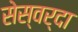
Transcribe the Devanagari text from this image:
सेस्वर्दा